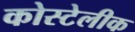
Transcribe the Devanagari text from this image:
कोस्टेलीक